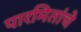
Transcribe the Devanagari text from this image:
पारमितांचे